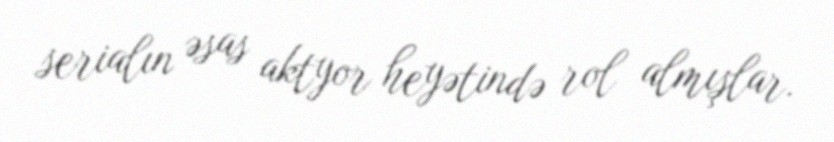
serialın əsas aktyor heyətində rol almışlar.